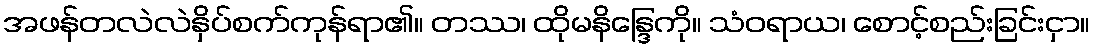
အဖန်တလဲလဲနှိပ်စက်ကုန်ရာ၏။ တဿ၊ ထိုမနိန္ဒြေကို။ သံဝရာယ၊ စောင့်စည်းခြင်းငှာ။